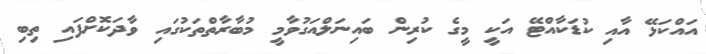
އައްކަޅޭ އާއި ކުޑަކާއްޓޭ އަކީ މީގެ ކުރިން ބައިނަލްއަގުވާމީ މުބާރާތްތަކުގައި ވާދަކޮށްފައި ތިބި